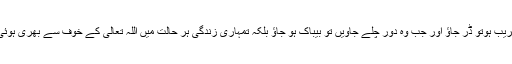
یہ بھی نہیں ہونا چاہیے کہ ڈر کے سامان قریب ہوتو ڈر جاؤ اور جب وہ دور چلے جاویں تو بیباک ہو جاؤ بلکہ تمہاری زندگی ہر حالت میں اللہ تعالیٰ کے خوف سے بھری ہوئی ہو خواہ مصیبت کے سامان ہوں یا نہ ہوں۔